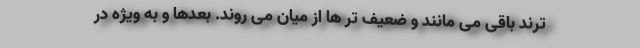
ترند باقی می مانند و ضعیف تر ها از میان می روند. بعدها و به ویژه در